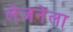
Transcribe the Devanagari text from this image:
लेजनेला